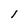
Character: l